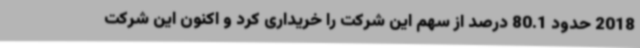
2018 حدود 80.1 درصد از سهم این شرکت را خریداری کرد و اکنون این شرکت